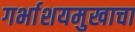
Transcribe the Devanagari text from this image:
गर्भाशयमुखाचा